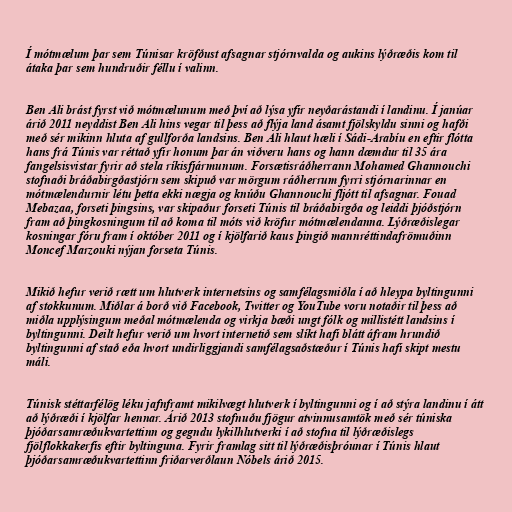
Í mótmælum þar sem Túnisar kröfðust afsagnar stjórnvalda og aukins lýðræðis kom til
átaka þar sem hundruðir féllu í valinn.

Ben Ali brást fyrst við mótmælunum með því að lýsa yfir neyðarástandi í landinu. Í janúar
árið 2011 neyddist Ben Ali hins vegar til þess að flýja land ásamt fjölskyldu sinni og hafði
með sér mikinn hluta af gullforða landsins. Ben Ali hlaut hæli í Sádi-Arabíu en eftir flótta
hans frá Túnis var réttað yfir honum þar án viðveru hans og hann dæmdur til 35 ára
fangelsisvistar fyrir að stela ríkisfjármunum. Forsætisráðherrann Mohamed Ghannouchi
stofnaði bráðabirgðastjórn sem skipuð var mörgum ráðherrum fyrri stjórnarinnar en
mótmælendurnir létu þetta ekki nægja og knúðu Ghannouchi fljótt til afsagnar. Fouad
Mebazaa, forseti þingsins, var skipaður forseti Túnis til bráðabirgða og leiddi þjóðstjórn
fram að þingkosningum til að koma til móts við kröfur mótmælendanna. Lýðræðislegar
kosningar fóru fram í október 2011 og í kjölfarið kaus þingið mannréttindafrömuðinn
Moncef Marzouki nýjan forseta Túnis.

Mikið hefur verið rætt um hlutverk internetsins og samfélagsmiðla í að hleypa byltingunni
af stokkunum. Miðlar á borð við Facebook, Twitter og YouTube voru notaðir til þess að
miðla upplýsingum meðal mótmælenda og virkja bæði ungt fólk og millistétt landsins í
byltingunni. Deilt hefur verið um hvort internetið sem slíkt hafi blátt áfram hrundið
byltingunni af stað eða hvort undirliggjandi samfélagsaðstæður í Túnis hafi skipt mestu
máli.

Túnisk stéttarfélög léku jafnframt mikilvægt hlutverk í byltingunni og í að stýra landinu í átt
að lýðræði í kjölfar hennar. Árið 2013 stofnuðu fjögur atvinnusamtök með sér túniska
þjóðarsamræðukvartettinn og gegndu lykilhlutverki í að stofna til lýðræðislegs
fjölflokkakerfis eftir byltinguna. Fyrir framlag sitt til lýðræðisþróunar í Túnis hlaut
þjóðarsamræðukvartettinn friðarverðlaun Nóbels árið 2015.